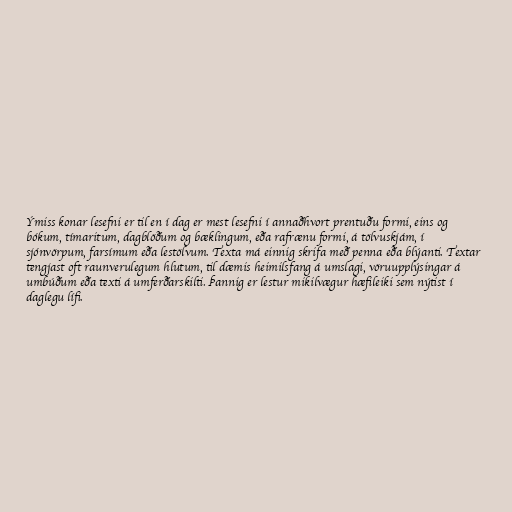
Ýmiss konar lesefni er til en í dag er mest lesefni í annaðhvort prentuðu formi, eins og
bókum, tímaritum, dagblöðum og bæklingum, eða rafrænu formi, á tölvuskjám, í
sjónvörpum, farsímum eða lestölvum. Texta má einnig skrifa með penna eða blýanti. Textar
tengjast oft raunverulegum hlutum, til dæmis heimilsfang á umslagi, vöruupplýsingar á
umbúðum eða texti á umferðarskilti. Þannig er lestur mikilvægur hæfileiki sem nýtist í
daglegu lífi.